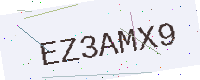
Text: EZ3AMX9